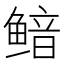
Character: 鿷